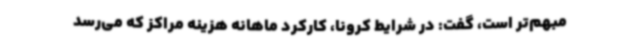
مبهم‌تر است، گفت: در شرایط کرونا، کارکرد ماهانه هزینه مراکز که می‌رسد